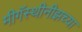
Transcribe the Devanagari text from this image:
मीगॅस्थीनीझच्या